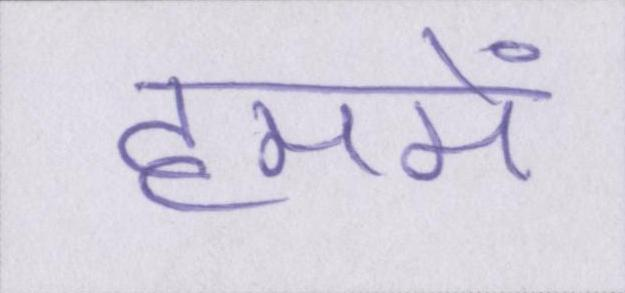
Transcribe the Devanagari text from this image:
हममें